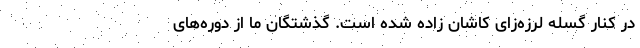
در کنار گسله لرزه‌زای کاشان زاده شده است. گذشتگان ما از دوره‌های